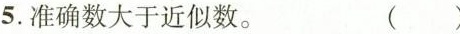
5.准确数大于近似数。 ( )